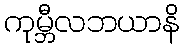
ကုမ္ဘီလဘယာနိ